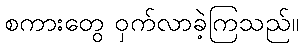
စကားတွေ ဝှက်လာခဲ့ကြသည်။